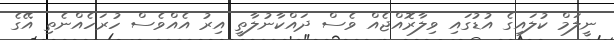
ނީލަމް ކުލައިގެ އުޑުގައި ވިލާރޮއްޖެއް ވެސް ދައްކާނުލާތީ އިރު އެއްވެސް ހުރަހެއްނެތި އޭގެ